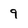
Character: 9